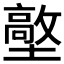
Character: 𡒋